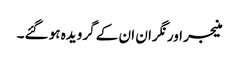
منیجر اور نگران ان کے گرویدہ ہو گئے۔